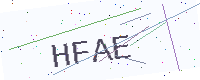
Text: HFAE